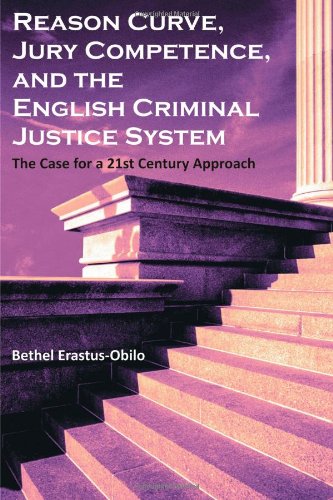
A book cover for Reason Curve, Jury Competence, and the English Criminal Justice System: The Case for a 21st Century Approach; Bethel Erastus-Obilo; Law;